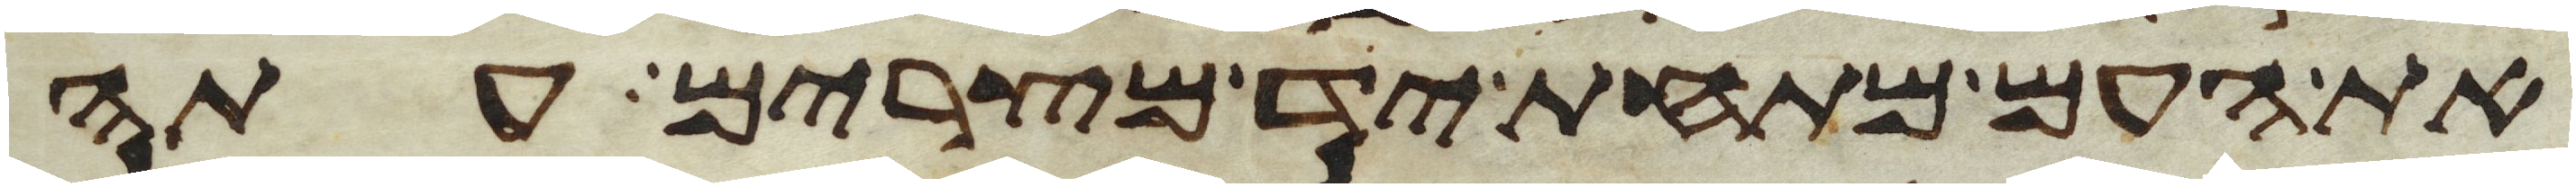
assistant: את העם מתחת יד מצרים עתה